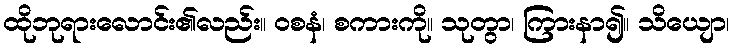
ထိုဘုရားလောင်း၏လည်း။ ဝစနံ၊ စကားကို။ သုတွာ၊ ကြားနာ၍။ သိယျော၊